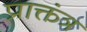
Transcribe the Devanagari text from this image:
प्राक्तंत्र